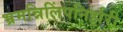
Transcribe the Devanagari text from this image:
भ्रमन्निलिंपनिर्झरी